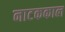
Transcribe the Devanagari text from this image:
नाटककाल